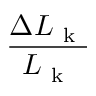
\frac { \Delta L _ { \mathrm { ~ k ~ } } } { L _ { \mathrm { ~ k ~ } } }